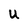
Character: U